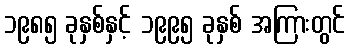
၁၉၈၅ ခုနှစ်နှင့် ၁၉၉၅ ခုနှစ် အကြားတွင်